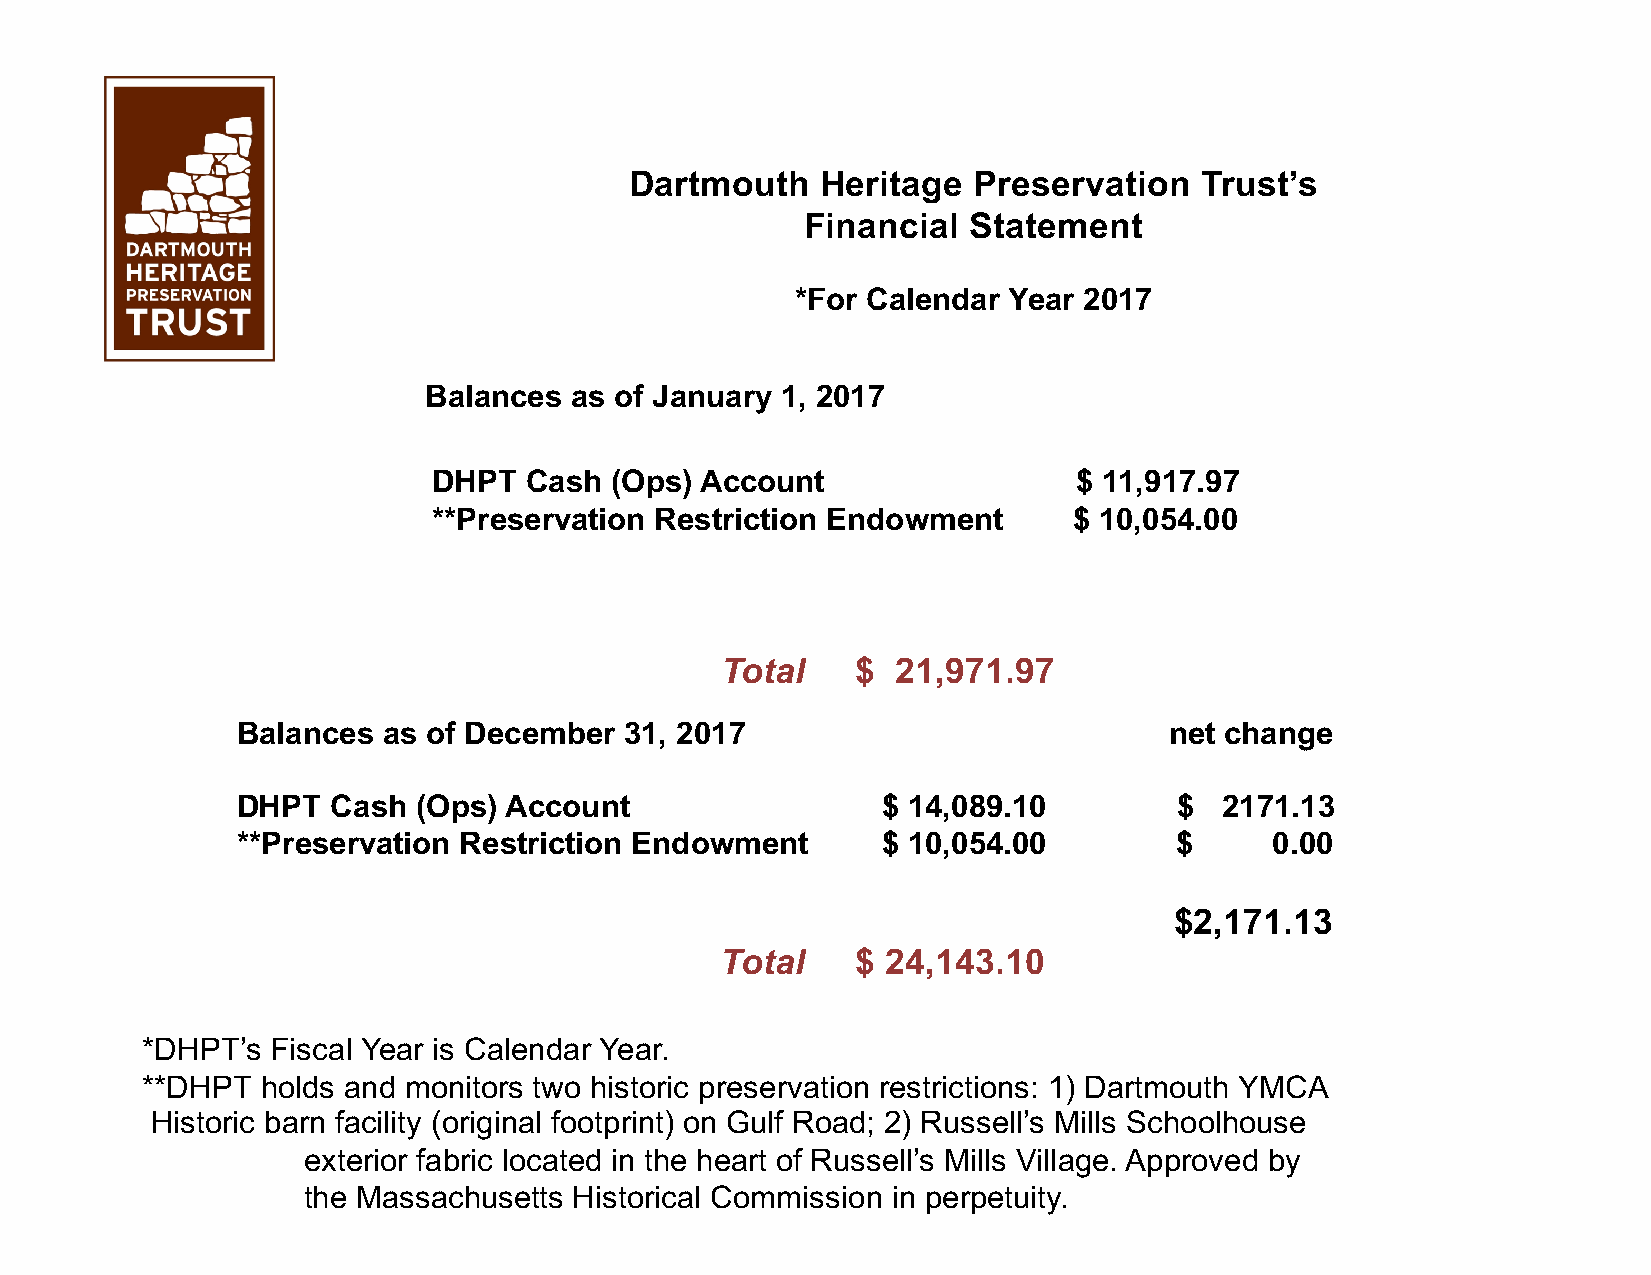
Dartmouth   Heritage  Preservation   Trust’s
 Financial  Statement
 *For Calendar Year 2017
 Balances  as of January 1, 2017
 DHPT  Cash (Ops) Account                  $ 11,917.97
 **Preservation Restriction Endowment      $ 10,054.00
 Total    $ 21,971.97
 Balances as of December  31, 2017                            net change
 DHPT  Cash  (Ops) Account                 $ 14,089.10         $  2171.13
 **Preservation Restriction Endowment      $ 10,054.00         $     0.00
 $2,171.13
 Total    $ 24,143.10
 *DHPT’s  Fiscal Year is Calendar Year.
 **DHPT  holds and monitors two historic preservation restrictions: 1) Dartmouth YMCA
 Historic barn facility (original footprint) on Gulf Road; 2) Russell’s Mills Schoolhouse
 exterior fabric located in the heart of Russell’s Mills Village. Approved by
 the Massachusetts Historical Commission in perpetuity.